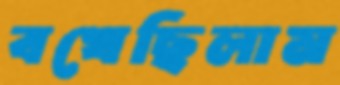
বখেছিলাম